Sketch of the medical history of the native army of Bombay, for the year
Year: 1876
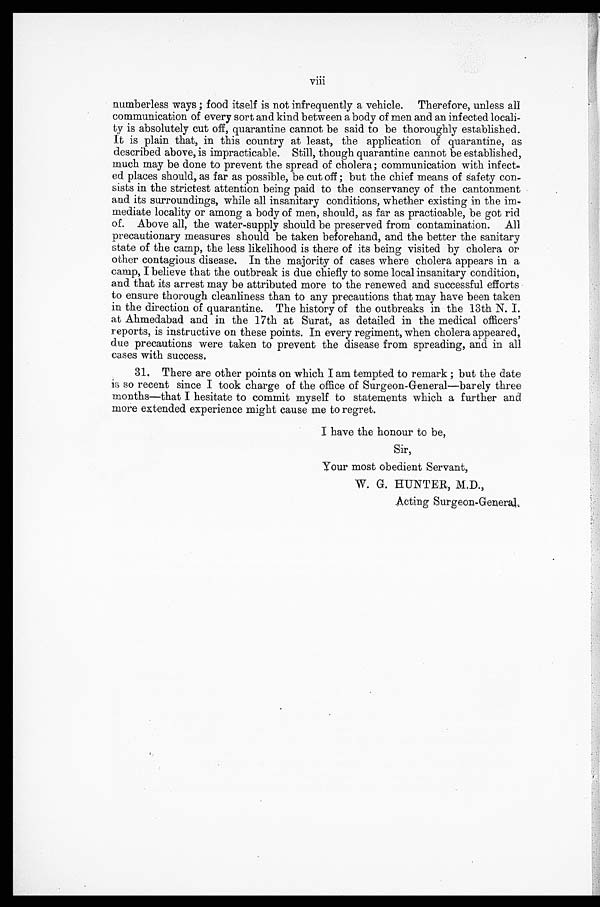
viii
numberless ways; food itself is not infrequently a vehicle. Therefore, unless all
communication of every sort and kind between a body of men and an infected locali-
ty is absolutely cut off, quarantine cannot be said to be thoroughly established.
It is plain that, in this country at least, the application of quarantine, as
described above, is impracticable. Still, though quarantine cannot be established,
much may be done to prevent the spread of cholera; communication with infect
-
ed places should, as far as possible, be cut off; but the chief means of safety con-
sists in the strictest attention being paid to the conservancy of the cantonment
and its surroundings, while all insanitary conditions, whether existing in the im
-
mediate locality or among a body of men, should, as far as practicable, be got rid
of. Above all, the water-supply should be preserved from contamination. All
precautionary measures should be taken beforehand, and the better the sanitary
state of the camp, the less likelihood is there of its being visited by cholera or
other contagious disease. In the majority of cases where cholera appears in a
camp, I believe that the outbreak is due chiefly to some local insanitary condition,
and that its arrest may be attributed more to the renewed and successful efforts
to ensure thorough cleanliness than to any precautions that may have been taken
in the direction of quarantine. The history of the outbreaks in the 13th N. I.
at Ahmedabad and in the 17th at Surat, as detailed in the medical officers'
reports, is instructive on these points. In every regiment, when cholera appeared,
due precautions were taken to prevent the disease from spreading, and in all
cases with success.
31. There are other points on which I am tempted to remark; but the date
is so recent since I took charge of the office of Surgeon-General—barely three
months—that I hesitate to commit myself to statements which a further and
more extended experience might cause me to regret.
I have the honour to be,
Sir,
Your most obedient Servant,
W. G. HUNTER, M.D.,
Acting Surgeon-General.